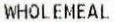
WHOLEMEAL